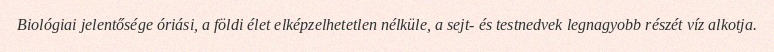
Biológiai jelentősége óriási, a földi élet elképzelhetetlen nélküle, a sejt- és testnedvek legnagyobb részét víz alkotja.